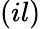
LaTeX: (il)